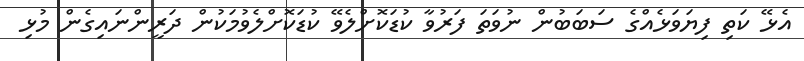
އެޅޭ ކަތި ފިޔަވަޅެއްގެ ސަބަބުން ނުވަތަ ފަރުވާ ކުޑަކޮށްލެވޭ ކުޑަކޮށްލެވުމަކުން ދަރީންނައިގެން މުޅި